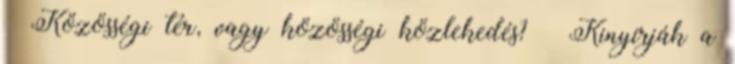
Közösségi tér, vagy közösségi közlekedés? » Kinyírják a